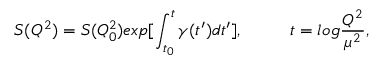
S ( Q ^ { 2 } ) = S ( Q _ { 0 } ^ { 2 } ) e x p [ \int _ { t _ { 0 } } ^ { t } \gamma ( t ^ { \prime } ) d t ^ { \prime } ] , \ ~ ~ \ ~ ~ \ \ t = l o g \frac { Q ^ { 2 } } { \mu ^ { 2 } } ,